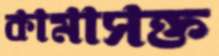
কামাসক্ত